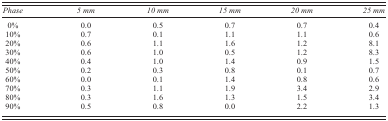
<table><thead><tr><td><b><i>Phase</i></b></td><td><b><i>5 mm</i></b></td><td><b><i>10 mm</i></b></td><td><b><i>15 mm</i></b></td><td><b><i>20 mm</i></b></td><td><b><i>25 mm</i></b></td></tr></thead><tbody><tr><td>0%</td><td>0.0</td><td>0.5</td><td>0.7</td><td>0.7</td><td>0.4</td></tr><tr><td>10%</td><td>0.7</td><td>0.1</td><td>1.1</td><td>1.1</td><td>0.6</td></tr><tr><td>20%</td><td>0.6</td><td>1.1</td><td>1.6</td><td>1.2</td><td>8.1</td></tr><tr><td>30%</td><td>0.6</td><td>1.0</td><td>0.5</td><td>1.2</td><td>8.3</td></tr><tr><td>40%</td><td>0.4</td><td>1.0</td><td>1.4</td><td>0.9</td><td>1.5</td></tr><tr><td>50%</td><td>0.2</td><td>0.3</td><td>0.8</td><td>0.1</td><td>0.7</td></tr><tr><td>60%</td><td>0.0</td><td>0.1</td><td>1.4</td><td>0.8</td><td>0.6</td></tr><tr><td>70%</td><td>0.3</td><td>1.1</td><td>1.9</td><td>3.4</td><td>2.9</td></tr><tr><td>80%</td><td>0.3</td><td>1.6</td><td>1.3</td><td>1.5</td><td>3.4</td></tr><tr><td>90%</td><td>0.5</td><td>0.8</td><td>0.0</td><td>2.2</td><td>1.3</td></tr></tbody></table>